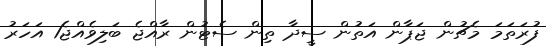
ފުރަތަމަ މެޗުން ޖަޕާން އަތުން ސީދާ ތިން ސެޓުން ރާއްޖެ ބަލިވެއްޖެ1 އަހަރު